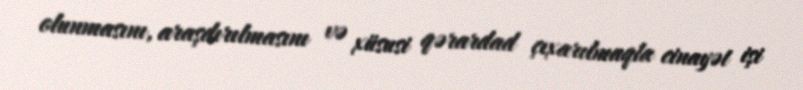
olunmasını, araşdırılmasını və xüsusi qərardad çıxarılmaqla cinayət işi